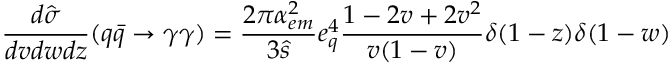
\frac { d \hat { \sigma } } { d v d w d z } ( q \bar { q } \rightarrow \gamma \gamma ) = \frac { 2 \pi \alpha _ { e m } ^ { 2 } } { 3 \hat { s } } e _ { q } ^ { 4 } \frac { 1 - 2 v + 2 v ^ { 2 } } { v ( 1 - v ) } \delta ( 1 - z ) \delta ( 1 - w )